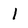
Character: 1